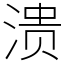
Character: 溃